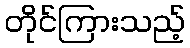
တိုင်ကြားသည့်